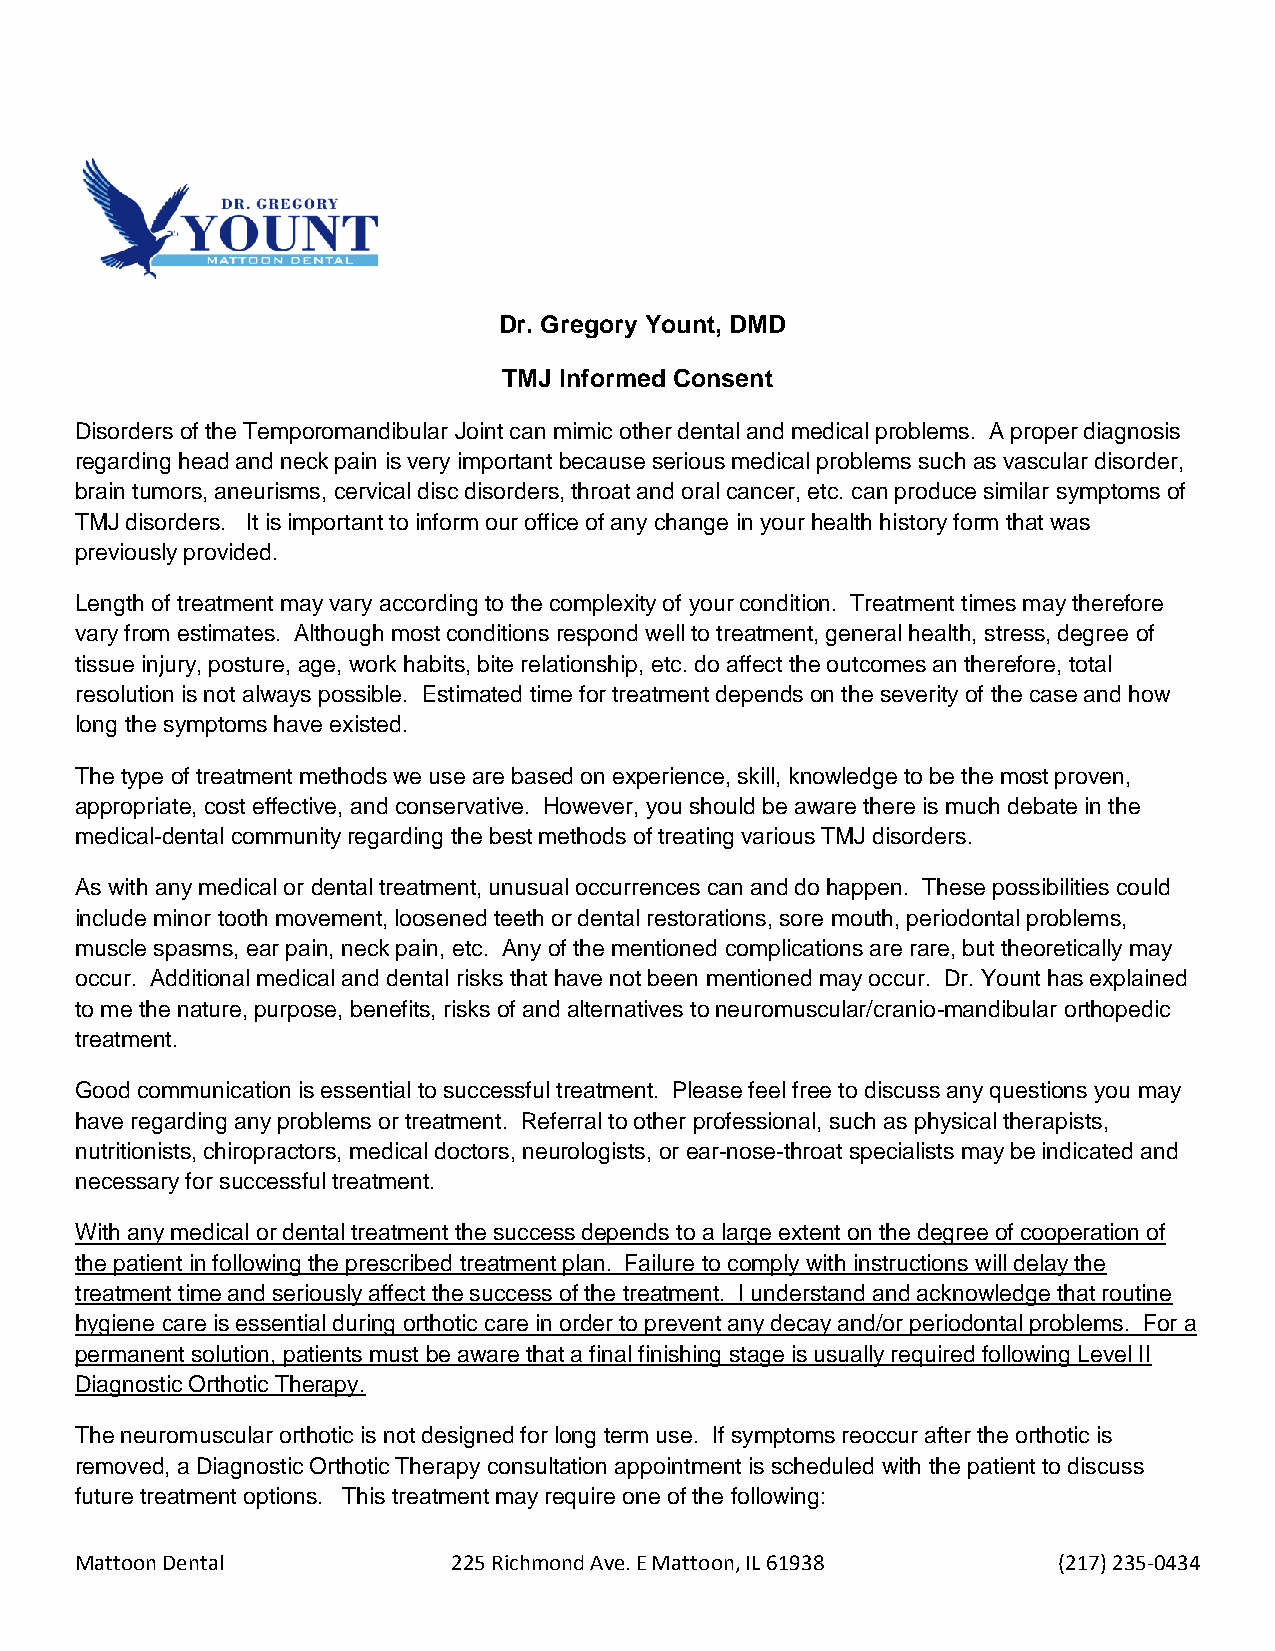
Dr. Gregory Yount, DMD
 TMJ Informed Consent
 Disorders of the Temporomandibular Joint can mimic other dental and medical problems. A proper diagnosis
 regarding head and neck pain is very important because serious medical problems such as vascular disorder,
 brain tumors, aneurisms, cervical disc disorders, throat and oral cancer, etc. can produce similar symptoms of
 TMJ disorders. It is important to inform our office of any change in your health history form that was
 previously provided.
 Length of treatment may vary according to the complexity of your condition. Treatment times may therefore
 vary from estimates. Although most conditions respond well to treatment, general health, stress, degree of
 tissue injury, posture, age, work habits, bite relationship, etc. do affect the outcomes an therefore, total
 resolution is not always possible. Estimated time for treatment depends on the severity of the case and how
 long the symptoms have existed.
 The type of treatment methods we use are based on experience, skill, knowledge to be the most proven,
 appropriate, cost effective, and conservative. However, you should be aware there is much debate in the
 medical-dental community regarding the best methods of treating various TMJ disorders.
 As with any medical or dental treatment, unusual occurrences can and do happen. These possibilities could
 include minor tooth movement, loosened teeth or dental restorations, sore mouth, periodontal problems,
 muscle spasms, ear pain, neck pain, etc. Any of the mentioned complications are rare, but theoretically may
 occur. Additional medical and dental risks that have not been mentioned may occur. Dr. Yount has explained
 to me the nature, purpose, benefits, risks of and alternatives to neuromuscular/cranio-mandibular orthopedic
 treatment.
 Good communication is essential to successful treatment. Please feel free to discuss any questions you may
 have regarding any problems or treatment. Referral to other professional, such as physical therapists,
 nutritionists, chiropractors, medical doctors, neurologists, or ear-nose-throat specialists may be indicated and
 necessary for successful treatment.
 With any medical or dental treatment the success depends to a large extent on the degree of cooperation of
 the patient in following the prescribed treatment plan. Failure to comply with instructions will delay the
 treatment time and seriously affect the success of the treatment. I understand and acknowledge that routine
 hygiene care is essential during orthotic care in order to prevent any decay and/or periodontal problems. For a
 permanent solution, patients must be aware that a final finishing stage is usually required following Level II
 Diagnostic Orthotic Therapy.
 The neuromuscular orthotic is not designed for long term use. If symptoms reoccur after the orthotic is
 removed, a Diagnostic Orthotic Therapy consultation appointment is scheduled with the patient to discuss
 future treatment options. This treatment may require one of the following:
 Mattoon Dental           225 Richmond Ave. E Mattoon, IL 61938   (217) 235-0434